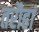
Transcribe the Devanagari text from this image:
तरौहां